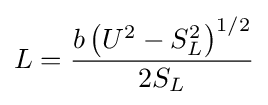
L={\frac {b\left(U^{2}-S_{L}^{2}\right)^{1/2}}{2S_{L}}}